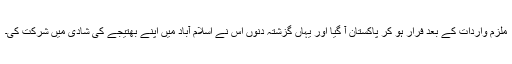
ملزم واردات کے بعد فرار ہو کر پاکستان آ گیا اور یہاں گزشتہ دنوں اس نے اسلام آباد میں اپنے بھتیجے کی شادی میں شرکت کی۔